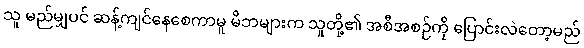
သူ မည်မျှပင် ဆန့်ကျင်နေစေကာမူ မိဘများက သူတို့၏ အစီအစဉ်ကို ပြောင်းလဲတော့မည်